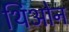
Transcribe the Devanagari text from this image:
थिओन